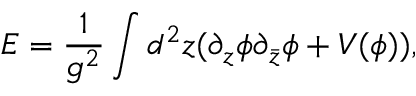
E = \frac { 1 } { g ^ { 2 } } \int d ^ { 2 } z ( \partial _ { z } \phi \partial _ { \bar { z } } \phi + V ( \phi ) ) ,